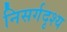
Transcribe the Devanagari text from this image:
निसर्गदृश्य